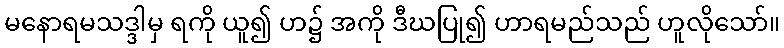
မနောရမသဒ္ဒါမှ ရကို ယူ၍ ဟ၌ အကို ဒီဃပြု၍ ဟာရမည်သည် ဟူလိုသော်။